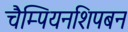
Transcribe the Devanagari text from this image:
चैम्पियनशिपबन